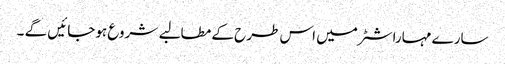
سارے مہاراشٹر میں اس طرح کے مطالبے شروع ہوجائیں گے ۔